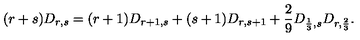
( r + s ) D _ { r , s } = ( r + 1 ) D _ { r + 1 , s } + ( s + 1 ) D _ { r , s + 1 } + { \frac { 2 } { 9 } } D _ { { \frac { 1 } { 3 } } , s } D _ { r , { \frac { 2 } { 3 } } } .